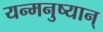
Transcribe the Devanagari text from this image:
यन्मनुष्यान्